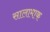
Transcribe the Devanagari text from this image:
सालामाक